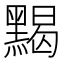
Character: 𪑦